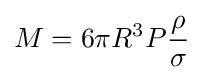
M=6\pi R^{3}P{\rho  \over \sigma }